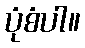
ပုံစံပါ။